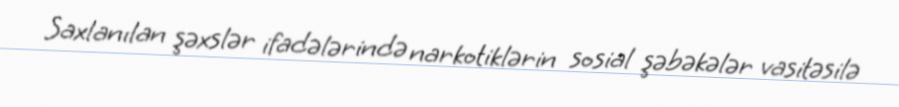
Saxlanılan şəxslər ifadələrində narkotiklərin sosial şəbəkələr vasitəsilə